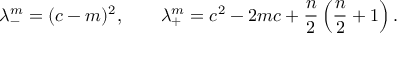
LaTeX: \lambda _ { - } ^ { m } = ( c - m ) ^ { 2 } , \qquad \lambda _ { + } ^ { m } = c ^ { 2 } - 2 m c + { \frac { n } { 2 } } \left( { \frac { n } { 2 } } + 1 \right) .